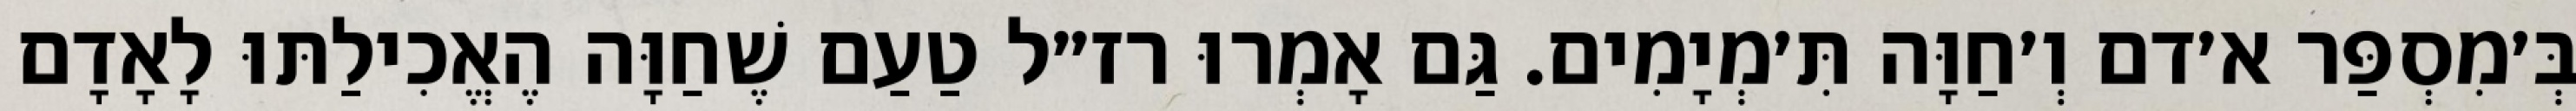
בְּ׳מִסְפַּר א׳דם וְ׳חַוָּה תִּ׳מְיָמִים. גַּם אָמְרוּ רז״ל טַעַם שֶׁחַוָּה הֶאֱכִילַתּוּ לָאָדָם